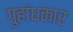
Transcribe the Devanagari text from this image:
गुहांधकार